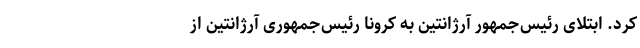
کرد. ابتلای رئیس‌جمهور آرژانتین به کرونا رئیس‌جمهوری آرژانتین از